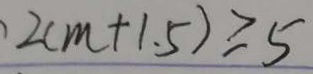
2 ( m + 1 . 5 ) \geq 5